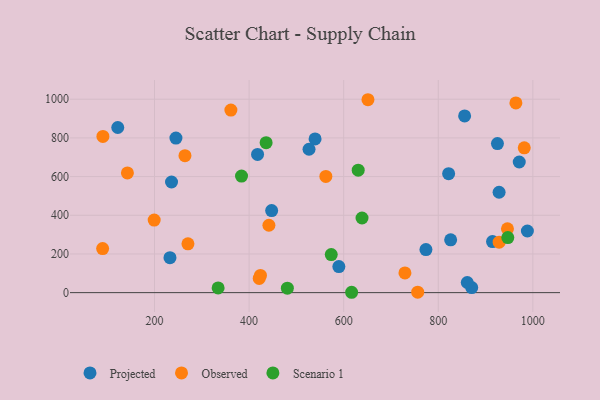
{"axis": {"x": "Ad Spend", "y": "Salary"}, "legend": ["Observed", "Projected", "Scenario 1"], "data": [{"x": "122.3", "y": 853.7, "type": "Projected"}, {"x": "539.5", "y": 794.9, "type": "Projected"}, {"x": "773.9", "y": 222.5, "type": "Projected"}, {"x": "971.2", "y": 675.5, "type": "Projected"}, {"x": "826.2", "y": 272.9, "type": "Projected"}, {"x": "914.7", "y": 264.2, "type": "Projected"}, {"x": "870.7", "y": 26.4, "type": "Projected"}, {"x": "861.3", "y": 52.4, "type": "Projected"}, {"x": "526.7", "y": 741.4, "type": "Projected"}, {"x": "855.7", "y": 913.5, "type": "Projected"}, {"x": "821.9", "y": 615.1, "type": "Projected"}, {"x": "236.0", "y": 572.1, "type": "Projected"}, {"x": "245.3", "y": 799.1, "type": "Projected"}, {"x": "589.8", "y": 134.7, "type": "Projected"}, {"x": "928.6", "y": 519.1, "type": "Projected"}, {"x": "925.1", "y": 770.7, "type": "Projected"}, {"x": "447.7", "y": 424.3, "type": "Projected"}, {"x": "988.4", "y": 318.8, "type": "Projected"}, {"x": "417.9", "y": 714.7, "type": "Projected"}, {"x": "232.7", "y": 181.0, "type": "Projected"}, {"x": "361.5", "y": 943.9, "type": "Observed"}, {"x": "928.7", "y": 260.9, "type": "Observed"}, {"x": "562.3", "y": 600.6, "type": "Observed"}, {"x": "756.5", "y": 2.3, "type": "Observed"}, {"x": "946.3", "y": 330.1, "type": "Observed"}, {"x": "199.3", "y": 375.2, "type": "Observed"}, {"x": "264.4", "y": 708.1, "type": "Observed"}, {"x": "729.5", "y": 102.0, "type": "Observed"}, {"x": "270.7", "y": 252.3, "type": "Observed"}, {"x": "90.3", "y": 227.9, "type": "Observed"}, {"x": "651.3", "y": 997.4, "type": "Observed"}, {"x": "424.0", "y": 88.8, "type": "Observed"}, {"x": "981.8", "y": 748.9, "type": "Observed"}, {"x": "441.9", "y": 348.4, "type": "Observed"}, {"x": "964.1", "y": 980.7, "type": "Observed"}, {"x": "90.9", "y": 807.6, "type": "Observed"}, {"x": "142.7", "y": 619.1, "type": "Observed"}, {"x": "421.4", "y": 73.5, "type": "Observed"}, {"x": "573.7", "y": 196.9, "type": "Scenario 1"}, {"x": "630.7", "y": 633.4, "type": "Scenario 1"}, {"x": "334.5", "y": 24.5, "type": "Scenario 1"}, {"x": "436.0", "y": 775.2, "type": "Scenario 1"}, {"x": "480.9", "y": 23.3, "type": "Scenario 1"}, {"x": "947.0", "y": 284.6, "type": "Scenario 1"}, {"x": "384.0", "y": 602.6, "type": "Scenario 1"}, {"x": "638.8", "y": 386.0, "type": "Scenario 1"}, {"x": "616.8", "y": 1.9, "type": "Scenario 1"}]}